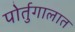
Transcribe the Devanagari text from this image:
पोर्तुगालात